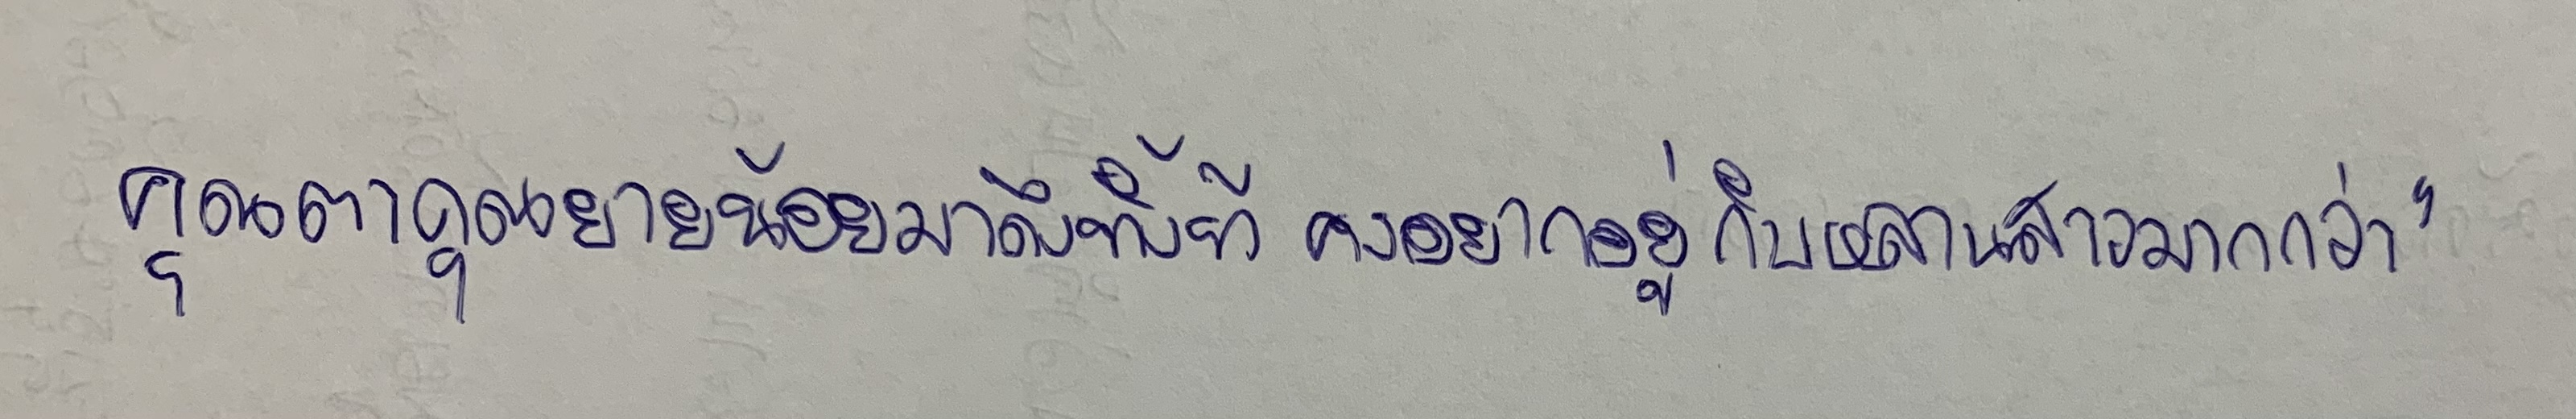
คุณตาคุณยายน้อยมาถึงทั้งทีคงอยากอยู่กับหลานสาวมากกว่า"